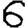
Digit: 6